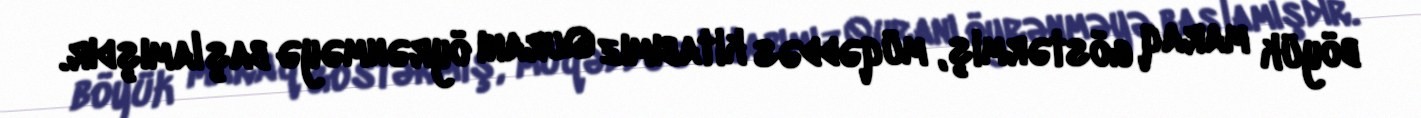
böyük maraq göstərmiş, müqəddəs kitabımız Quranı öyrənməyə başlamışdır.